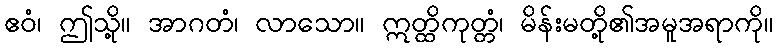
ဧဝံ၊ ဤသို့။ အာဂတံ၊ လာသော။ ဣတ္ထိကုတ္တံ၊ မိန်းမတို့၏အမူအရာကို။